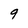
Character: 9